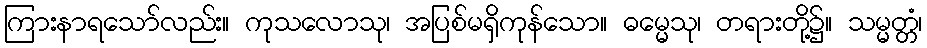
ကြားနာရသော်လည်း။ ကုသလောသု၊ အပြစ်မရှိကုန်သော။ ဓမ္မေသု၊ တရားတို့၌။ သမ္မတ္တံ၊